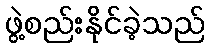
ဖွဲ့စည်းနိုင်ခဲ့သည်